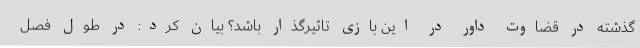
گذشته در قضاوت داور در این بازی تاثیرگذار باشد؟ بیان کرد: در طول فصل